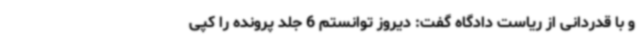
و با قدردانی از ریاست دادگاه گفت: دیروز توانستم 6 جلد پرونده را کپی